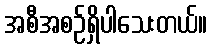
အစီအစဉ်ရှိပါသေးတယ်။